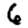
Digit: 6